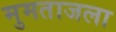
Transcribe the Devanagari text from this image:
मुमताजला